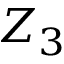
Z _ { 3 }